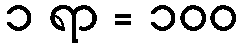
၁ ရာ = ၁၀၀